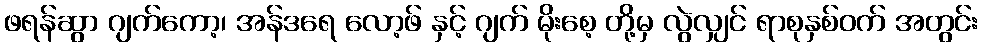
ဖရန်ဆွာ ဂျက်ကော့၊ အန်ဒရေ လော့ဖ် နှင့် ဂျက် မိုးစေ့ တို့မှ လွဲလျှင် ရာစုနှစ်ဝက် အတွင်း